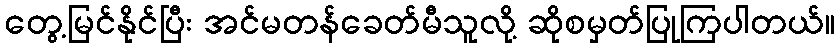
တွေ့မြင်နိုင်ပြီး အင်မတန်ခေတ်မီသူလို့ ဆိုစမှတ်ပြုကြပါတယ်။